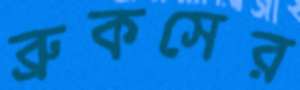
ব্রুকসের